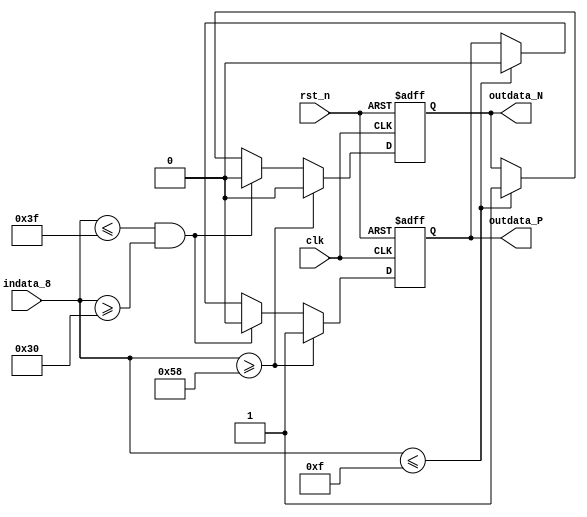
module trans8to1(rst_n, indata_8, outdata_P, outdata_N,clk);

input rst_n,clk;
input [7:0] indata_8;
output outdata_P, outdata_N;
reg outdata_P, outdata_N;

always @(posedge clk or negedge rst_n) begin
    if(!rst_n) begin
        // 
        outdata_P <= 0;
        outdata_N <= 0;
    end
    else begin
    // PN+10-1
    if(indata_8 >= 8'h58) begin
            outdata_P<=1;
            outdata_N<=0;
        end
        else if(indata_8 <= 8'h3f && indata_8 >= 8'h30) begin
            outdata_P<=0;
            outdata_N<=0;
        end
        else if(indata_8 <= 8'h0f) begin
            outdata_P<=0;
            outdata_N<=1;
        end
    end
end

endmodule